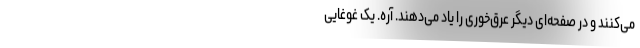
می‌کنند و در صفحه‌ای دیگر عرق‌خوری را یاد می‌دهند. آره. یک غوغایی